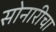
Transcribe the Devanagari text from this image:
सोनारीचा